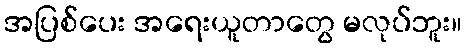
အပြစ်ပေး အရေးယူတာတွေ မလုပ်ဘူး။